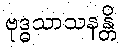
ဗုဒ္ဓသာသနန္တိ